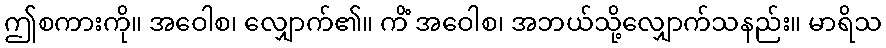
ဤစကားကို။ အဝေါစ၊ လျှောက်၏။ ကိံ အဝေါစ၊ အဘယ်သို့လျှောက်သနည်း။ မာရိသ